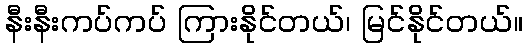
နီးနီးကပ်ကပ် ကြားနိုင်တယ်၊ မြင်နိုင်တယ်။